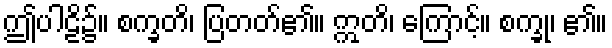
ဤပါဠိ၌။ စက္ခတိ၊ ပြတတ်၏။ ဣတိ၊ ကြောင့်။ စက္ခု၊ ၏။